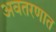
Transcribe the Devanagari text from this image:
अवतरणात